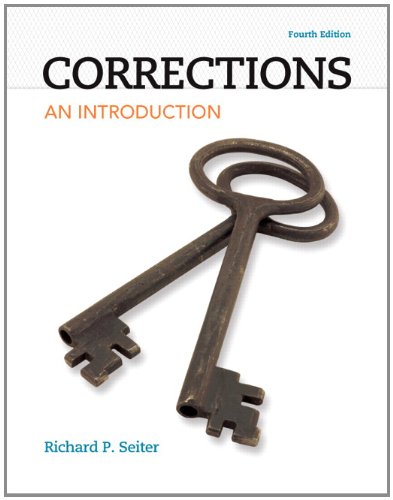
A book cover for Corrections: An Introduction (4th Edition); Richard P. Seiter; Law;